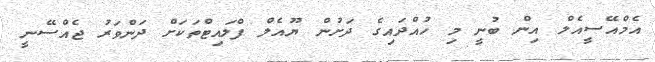
އެމްއޭސީއެލް އިން ބުނީ މި ހުއްދައިގެ ދަށުން ޔޫއެލް ފްލައިޓްތަކަށް ދަންވަރު ޖެއްސޭނީ